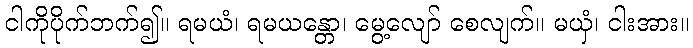
ငါကိုပိုက်ဘက်၍။ ရမယံ၊ ရမယန္တော၊ မွေ့လျော် စေလျက်။ မယှံ၊ ငါးအား။